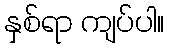
နှစ်ရာ ကျပ်ပါ။